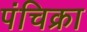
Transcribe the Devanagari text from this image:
पंचिक्रा